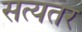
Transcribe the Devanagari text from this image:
सत्यतर